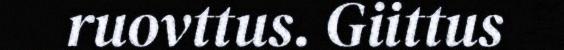
ruovttus. Giittus